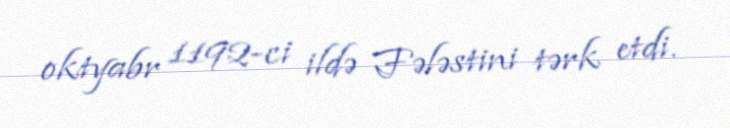
oktyabr 1192-ci ildə Fələstini tərk etdi.